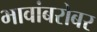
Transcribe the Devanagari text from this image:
भावांबरोबर